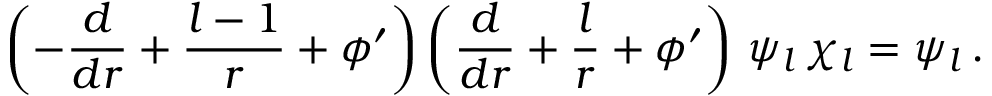
\left( - \frac { d } { d r } + \frac { l - 1 } { r } + \phi ^ { \prime } \right) \left( \frac { d } { d r } + \frac { l } { r } + \phi ^ { \prime } \right) \, \psi _ { l } \, \chi _ { l } = \psi _ { l } \, .